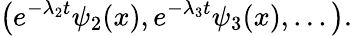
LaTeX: \left(e^{-\lambda_{2}t}\psi_{2}(x),e^{-\lambda_{3}t}\psi_{3}(x),...\right).